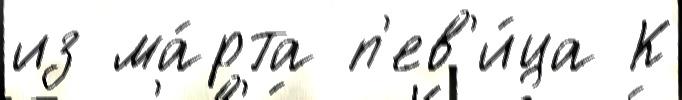
из ма́рта п'ев'и́ца К